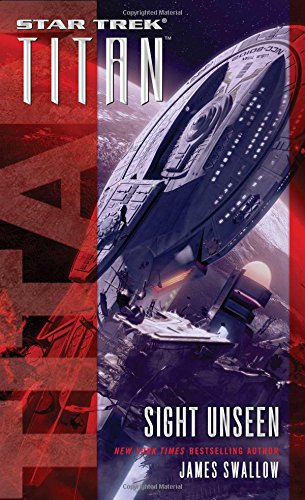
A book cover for Sight Unseen (Star Trek: Titan); James Swallow; Science Fiction & Fantasy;